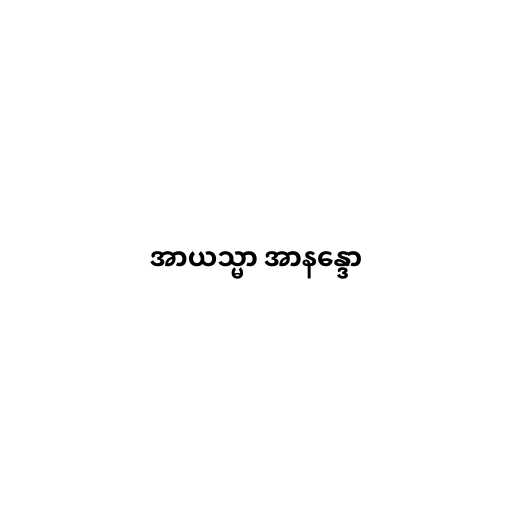
အာယသ္မာ အာနန္ဒော